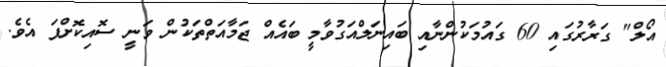
އޯލް" ގަރާރުގައި 60 ގައުމަކުންނާއި ބައިނަލްއަގުވާމީ ބައެއް ޖަމާއަތްތަކުން ވަނީ ސޮއިކޮށްފަ އެވެ.